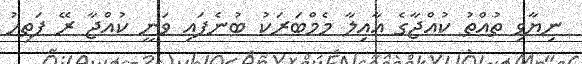
ނިޔާވި ތުއްތު ކުއްޖާގެ އާއިލާ މެމްބަރަކު ބުނެފައި ވަނީ ކުއްޖާ ރޭ ފަތިހު